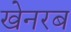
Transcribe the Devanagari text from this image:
खेनरब